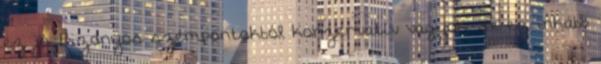
ez jó. Bizonyos szempontokból konzervatív vagyok, de ez inkább